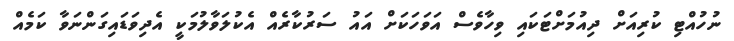
ނުހުއްޓި ކުރިއަށް ދިއުމަށްޓަކައި ވިހާވެސް އަވަހަކަށް އައު ސަރުކާރެއް އެކުލަވާލުމަކީ އެދިވަޑައިގަންނަވާ ކަމެއް